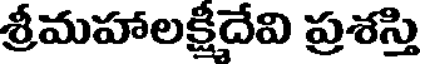
శ్రీమహాలక్షిదేవి ప్రశస్తి